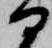
部